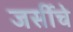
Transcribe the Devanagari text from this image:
जर्सीचे